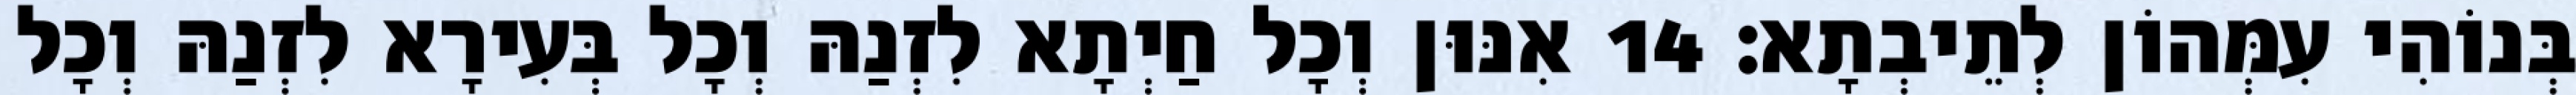
בְּנוֹהִי עִמְּהוֹן לְתֵיבְתָא׃ 14 אִנּוּן וְכָל חַיְתָא לִזְנַהּ וְכָל בְּעִירָא לִזְנַהּ וְכָל